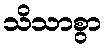
သိသာစွာ